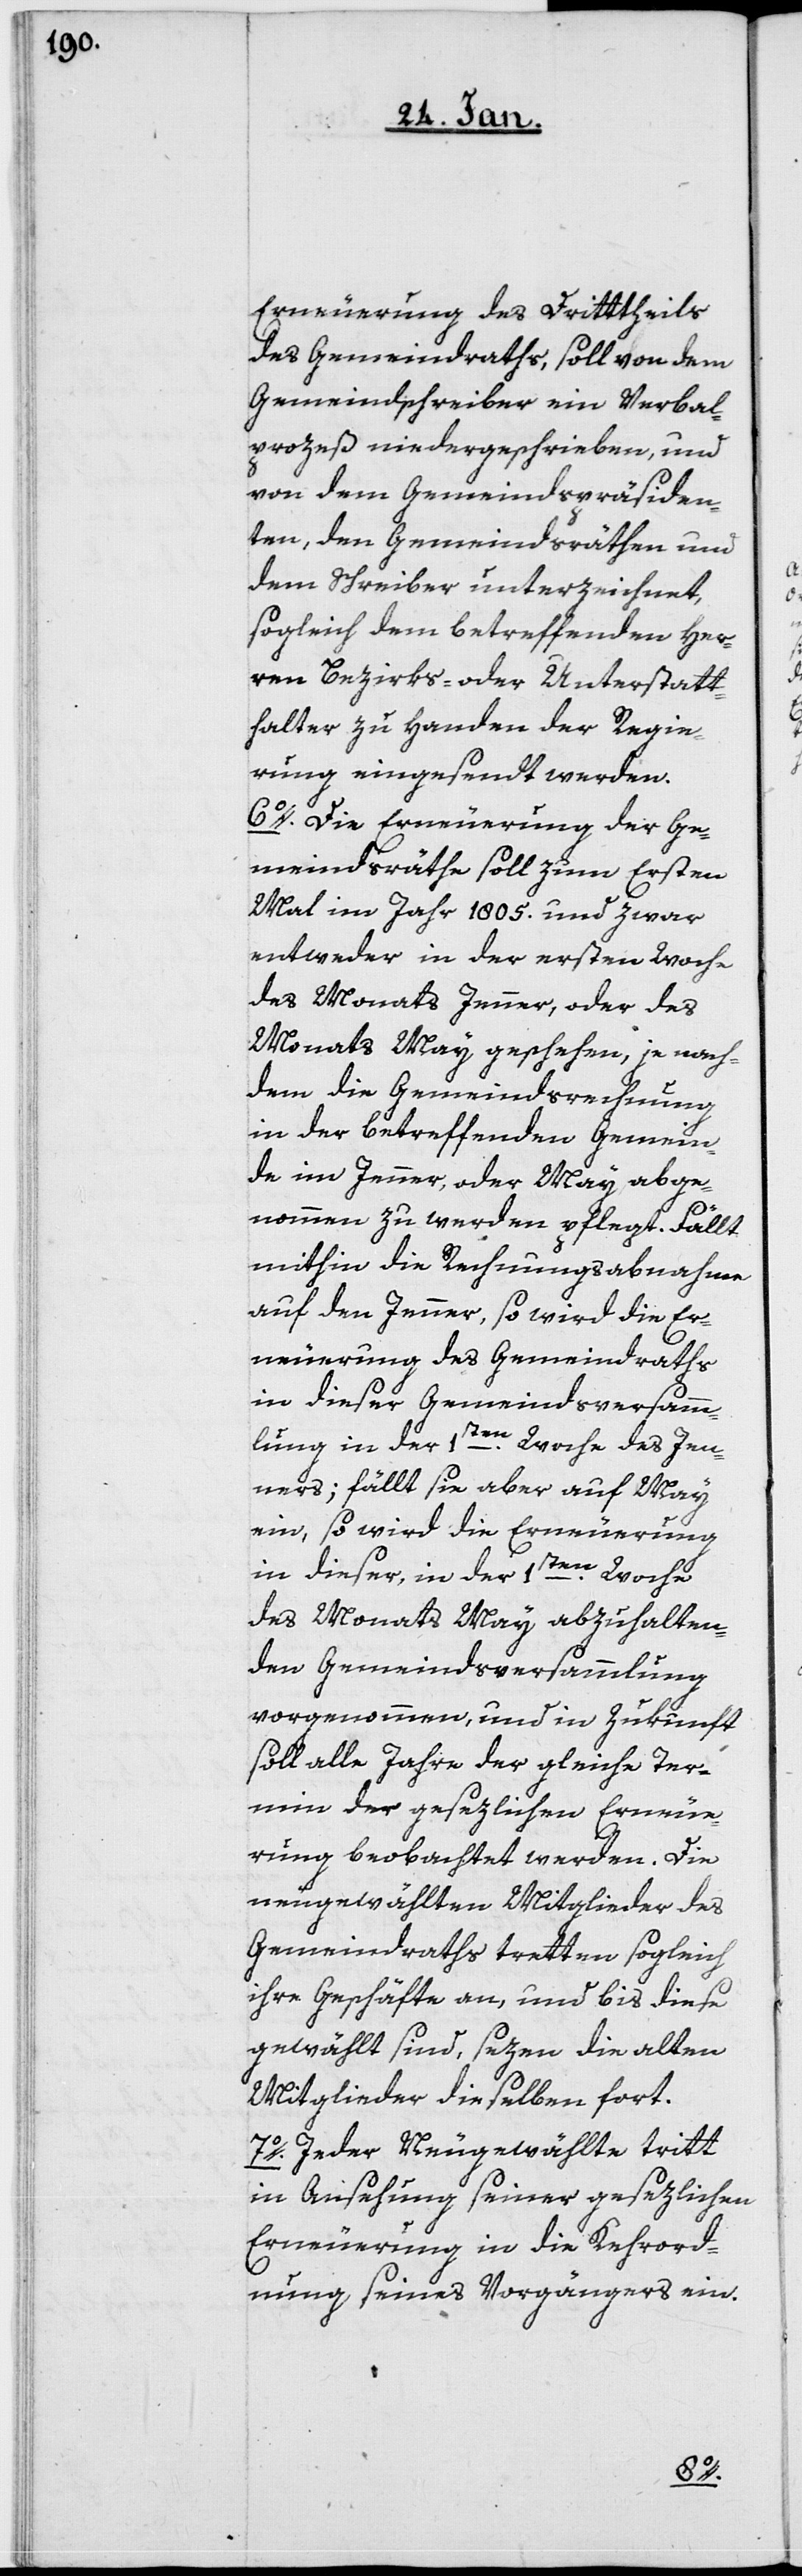
Erneuerung des Drittheils
des Gemeindraths, soll von dem
Gemeindschreiber ein Verbal¬
prozeß niedergeschrieben, und
von dem Gemeindspräsiden¬
ten, den Gemeindsräthen und
dem Schreiber unterzeichnet,
sogleich dem betreffenden Her¬
ren Bezirks- oder Unterstatt¬
halter zu Handen der Regie¬
rung eingesendt werden.
6o. Die Erneuerung der Ge¬
meindsräthe soll zum Ersten
Mal im Jahr 1805. und zwar
entweder in der ersten Woche
des Monats Jenner, oder des
Monats May geschehen, je nach¬
dem die Gemeindsrechnung
in der betreffenden Gemein¬
de im Jenner, oder May abge¬
nommen zu werden pflegt. Fällt
mithin die Rechnungsabnahme
auf den Jenner, so wird die Er¬
neuerung des Gemeindraths
in dieser Gemeindsversamm¬
lung in der 1sten. Woche des Jen¬
ners; fällt sie aber auf May
ein, so wird die Erneuerung
in dieser, in der 1sten. Woche
des Monats May abzuhalten¬
den Gemeindsversammlung
vorgenommen, und in Zukunft
soll alle Jahre der gleiche Ter¬
min der gesezlichen Erneue¬
rung beobachtet werden. Die
neugewählten Mitglieder des
Gemeindraths tretten sogleich
ihre Geschäfte an, und bis diese
gewählt sind, sezen die alten
Mitglieder dieselben fort.
7o. Jeder Neugewählte tritt
in Ansehung seiner gesezlichen
Erneuerung in die Kehrord¬
nung seines Vorgängers ein.